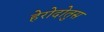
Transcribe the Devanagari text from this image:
हेरोदोतुस